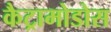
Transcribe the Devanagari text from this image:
कैट्रामोडोस